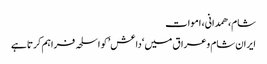
شام، ھمدانی، اموات
ایران شام وعراق میں ‘داعش’ کو اسلحہ فراہم کرتا ہے